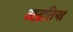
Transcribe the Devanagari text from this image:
अड़तिया